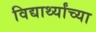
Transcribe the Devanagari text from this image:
विद्यार्थ्‍यांच्‍या